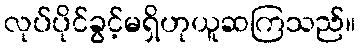
လုပ်ပိုင်ခွင့်မရှိဟုယူဆကြသည်။